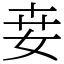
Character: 𡜦